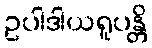
ဥပါဒါယရူပန္တိ